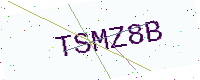
Text: TSMZ8B